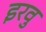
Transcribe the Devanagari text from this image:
इरवु